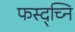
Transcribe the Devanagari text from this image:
फस्द्च्नि